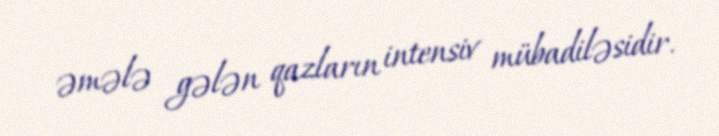
əmələ gələn qazların intensiv mübadiləsidir.